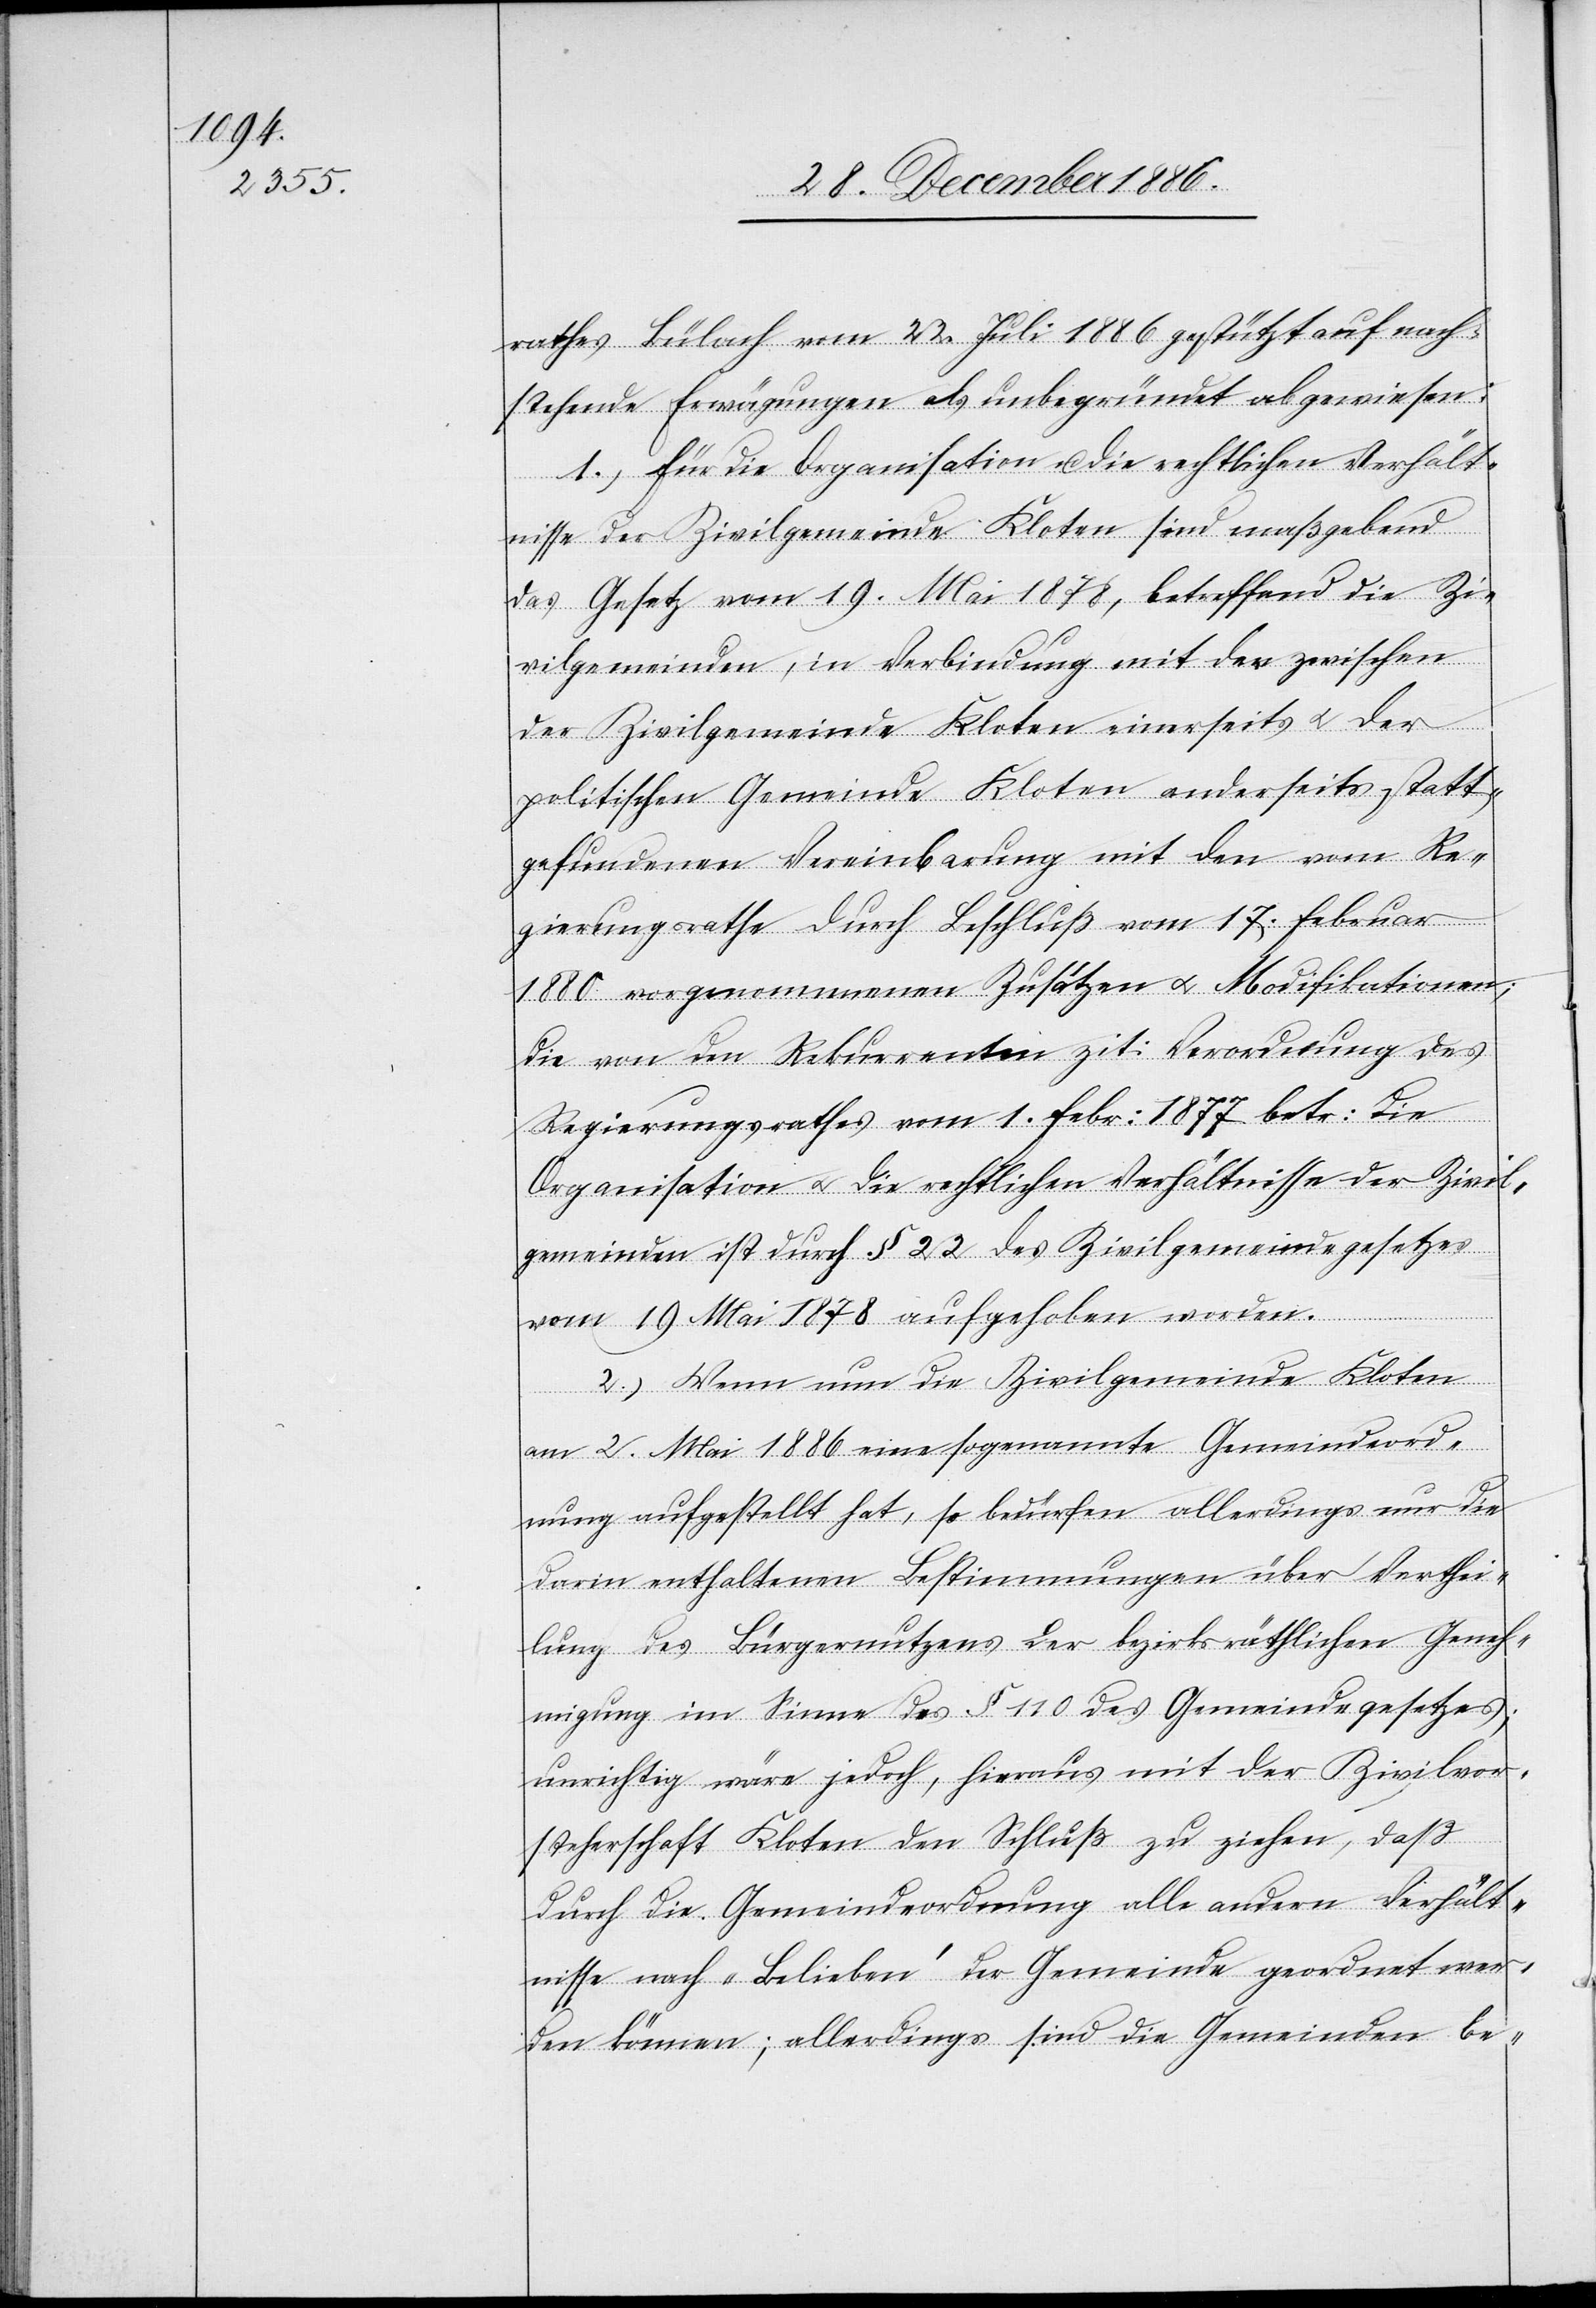
rathes Bülach vom 22. Juli 1886 gestützt auf nach¬
stehende Erwägungen als unbegründet abgewiesen:
1.) Für die Organisation u. die rechtlichen Verhält¬
nisse der Zivilgemeinde Kloten sind maßgebend
das Gesetz vom 19. Mai 1878, betreffend die Zi¬
vilgemeinden, in Verbindung mit der zwischen
der Zivilgemeinde Kloten einerseits & der
politischen Gemeinde Kloten anderseits statt¬
gefundenen Vereinbarung mit den vom Re¬
gierungsrathe durch Beschluß vom 17. Februar
1880 vorgenommenen Zusätzen & Modifikationen;
die von den Rekurrenten zit: Verordnung des
Regierungsrathes vom 1. Febr: 1877 betr: die
Organisation & die rechtlichen Verhältnisse der Zivil¬
gemeinden ist durch § 22 des Zivilgemeindegesetzes
vom 19. Mai 1878 aufgehoben worden.
2.) Wenn nun die Zivilgemeinde Kloten
am 2. Mai 1886 eine sogenannte Gemeindeord¬
nung aufgestellt hat, so bedürfen allerdings nur die
darin enthaltenen Bestimmungen über Verthei¬
lung des Bürgernutzens der bezirksräthlichen Geneh¬
migung im Sinne des § 110 des Gemeindegesetzes;
unrichtig wäre jedoch, hieraus mit der Zivilvor¬
steherschaft Kloten den Schluß zu ziehen, daß
durch die Gemeindeordnung alle andern Verhält¬
nisse nach „Belieben“ der Gemeinde geordnet wer¬
den können; allerdings sind die Gemeinden be-